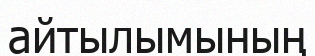
айтылымының